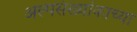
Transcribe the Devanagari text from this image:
अल्पसंख्यांकाच्या